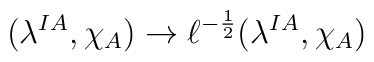
(\lambda^{IA}, \chi_A) \rightarrow \ell^{-{1 \over 2}}(\lambda^{IA}, \chi_A)